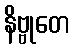
နိဗ္ဗုတေ